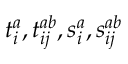
t _ { i } ^ { a } , t _ { i j } ^ { a b } , s _ { i } ^ { a } , s _ { i j } ^ { a b }